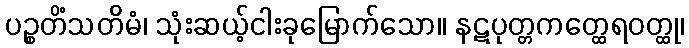
ပဉ္စတိံသတိမံ၊ သုံးဆယ့်ငါးခုမြောက်သော။ နဋပုတ္တကတ္ထေရဝတ္ထု၊